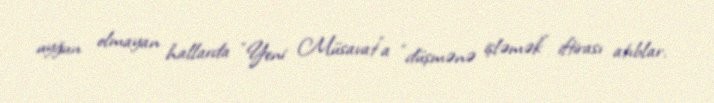
uyğun olmayan hallarda “Yeni Müsavat”a “düşmənə işləmək” iftirası atıblar.